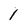
Character: 1